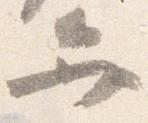
弁